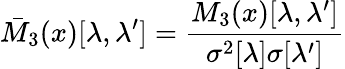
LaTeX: \bar{M}_{3}(x)[\lambda,\lambda^{\prime}]=\frac{M_{3}(x)[\lambda,\lambda^{\prime}]}{\sigma^{2}[\lambda]\sigma[\lambda^{\prime}]}